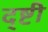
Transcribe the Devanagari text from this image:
द्ष्टी